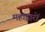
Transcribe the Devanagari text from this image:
महाद्वारों